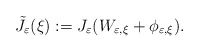
\begin{align*}\tilde{J}_{\varepsilon}(\xi):=J_{\varepsilon}(W_{\varepsilon,\xi}+\phi_{\varepsilon,\xi}).\end{align*}